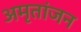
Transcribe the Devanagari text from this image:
अमृतांजन